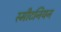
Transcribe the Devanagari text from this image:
स्मीटनियन